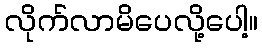
လိုက်လာမိပေလို့ပေါ့။